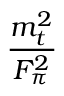
\frac { m _ { t } ^ { 2 } } { F _ { \pi } ^ { 2 } }